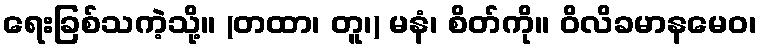
ရေးခြစ်သကဲ့သို့။ (တထာ၊ တူ၊) မနံ၊ စိတ်ကို။ ဝိလိခမာနမေဝ၊